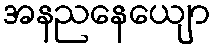
အနညနေယျော